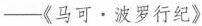
——《马可 · 波罗行纪》